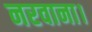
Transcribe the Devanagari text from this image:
नरवाना।